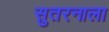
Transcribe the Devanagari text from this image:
सुतरनाला